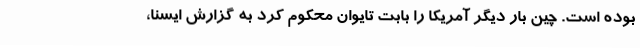
بوده است. چین بار دیگر آمریکا را بابت تایوان محکوم کرد به گزارش ایسنا،